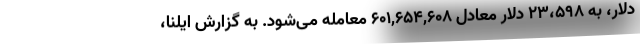
دلار، به ۲۳،۵۹۸ دلار معادل ۶۰۱,۶۵۴,۶۰۸ معامله می‌شود. به گزارش ایلنا،